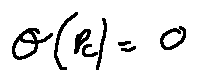
\theta ( p _ { c } ) = 0